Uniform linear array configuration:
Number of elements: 8
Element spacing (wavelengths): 0.75
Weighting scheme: blackman
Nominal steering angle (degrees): -45
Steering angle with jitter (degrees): -43.057
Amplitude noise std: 0.05
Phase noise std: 0.05

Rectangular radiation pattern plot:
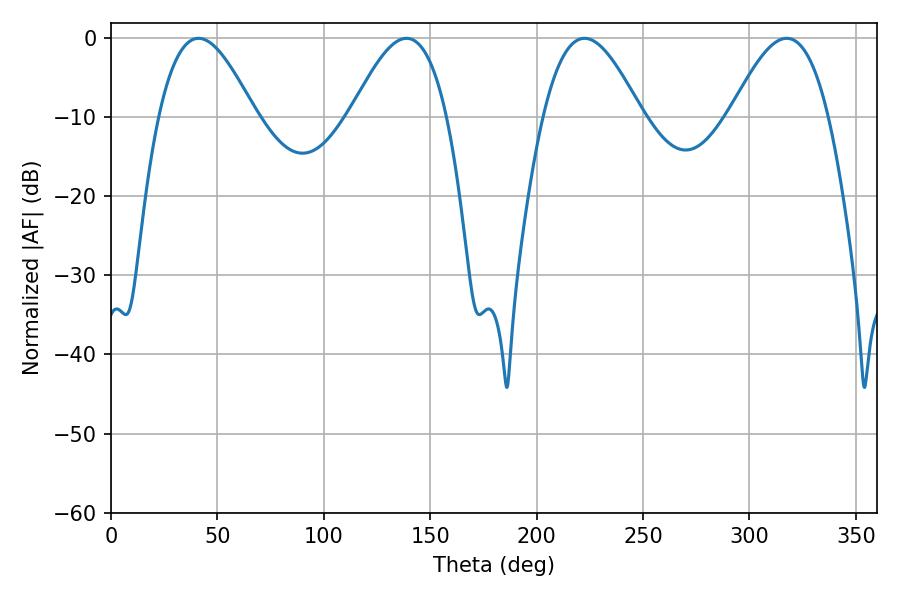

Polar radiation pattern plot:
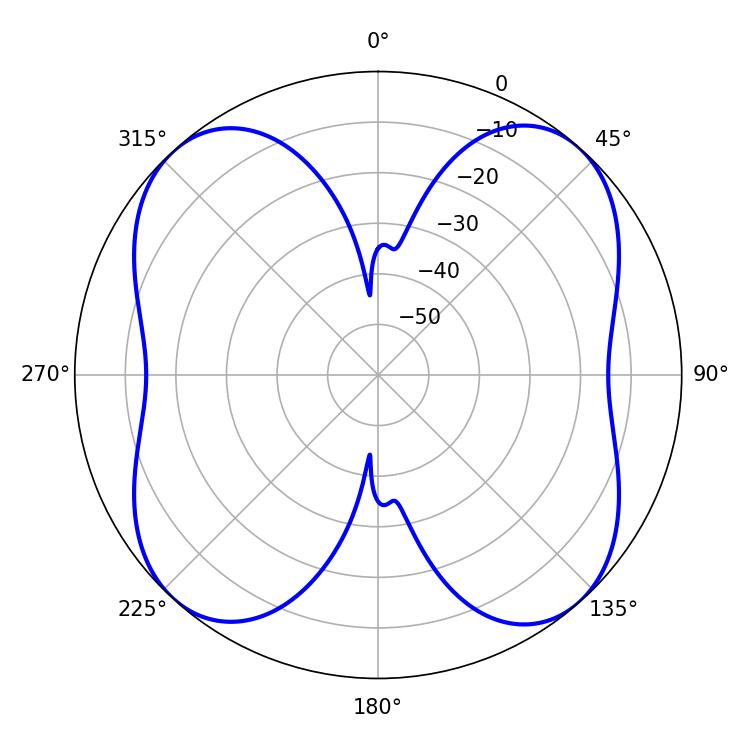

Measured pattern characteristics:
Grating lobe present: TRUE
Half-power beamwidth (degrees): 25.02
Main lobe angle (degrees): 222.48